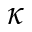
\kappa